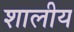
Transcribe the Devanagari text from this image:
शालीय